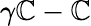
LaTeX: \gamma\mathbb{C}-\mathbb{C}